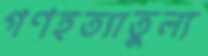
গণহত্যাতুল্য